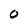
Character: 0